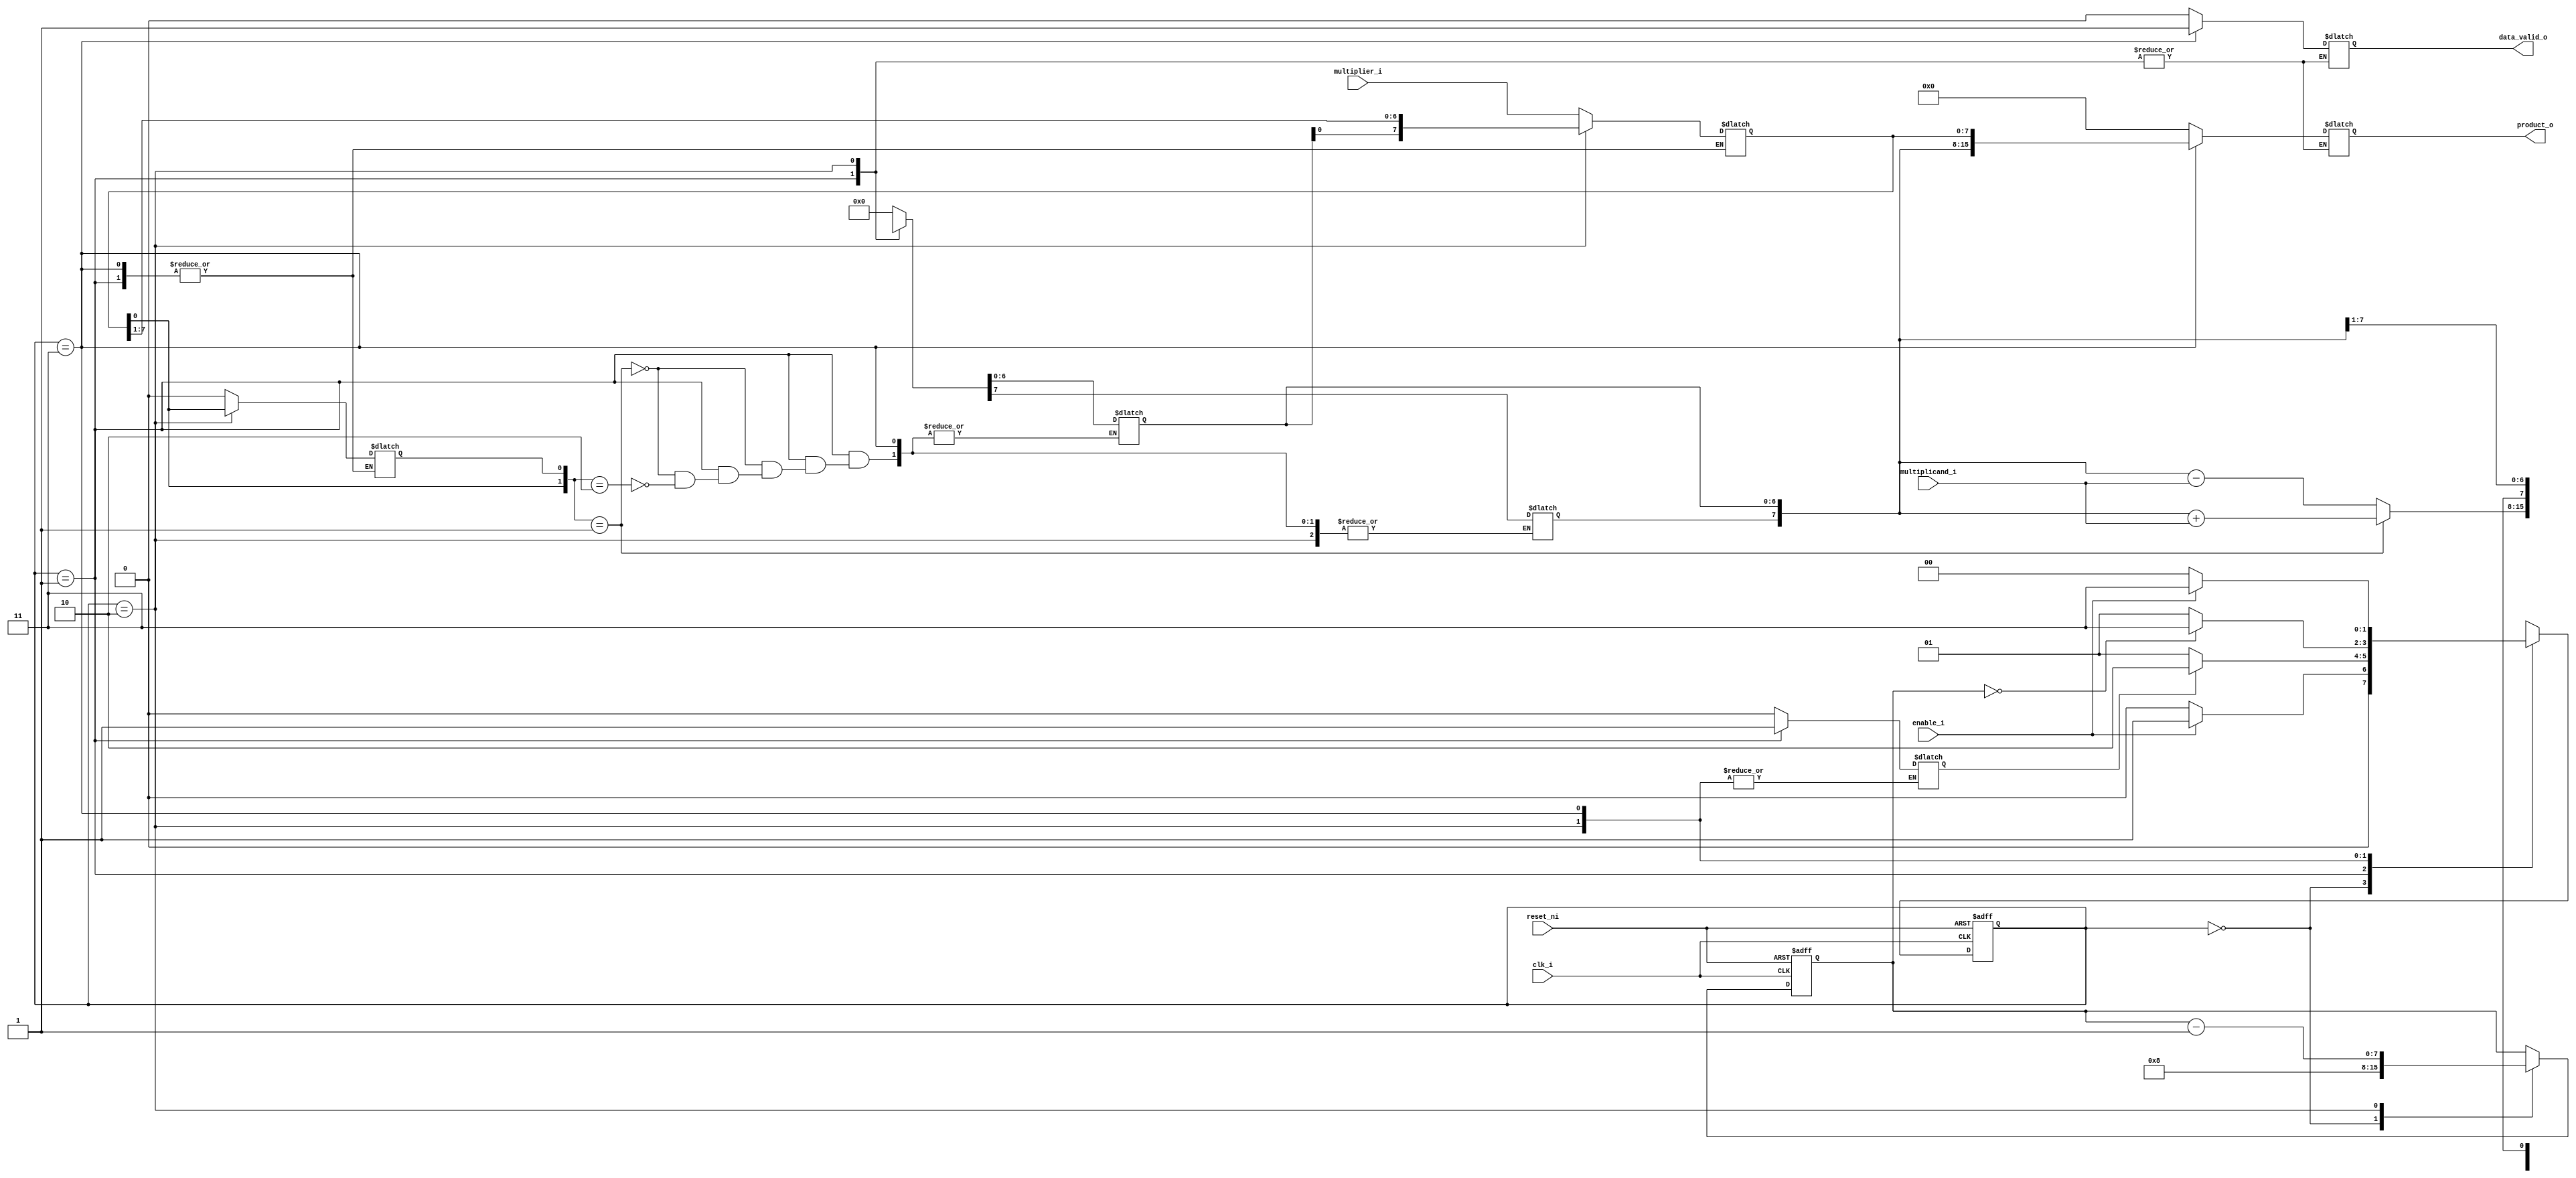
module booth_multiply_fsmd  #(parameter DATA_SIZE = 8 )
(
    input                           clk_i                   ,
    input                           reset_ni                ,
    input                           enable_i                ,
    input   [7 : 0]                 multiplicand_i          ,
    input   [7 : 0]                 multiplier_i            ,
    output                          data_valid_o            ,
    output  [15 : 0]                product_o
);
    // Declare state
    localparam   START                   =   2'b00           ;
    localparam   HANDLE_ACC              =   2'b01           ;
    localparam   ARITHMETIC_RIGHT_SHIFT  =   2'b10           ;
    localparam   FINISH                  =   2'b11           ;

    reg [1:0]   current_state               ;
    reg [1:0]   next_state                  ;

    // Decalare variale
    reg     [7:0]       acc                             ;
    reg     [7:0]       q                               ;
    reg                 q_1                             ;   //  LSB of multiplier before right shift
    reg     [7:0]       old_acc                         ;
    reg     [7:0]       old_q                           ;
    reg     [7:0]       count                           ;  
    reg                 handle_acc_done                 ;

    // Decalare ouput net and connect them
    reg                 data_valid                      ;
    reg     [15:0]      product                         ;

    assign              data_valid_o    =   data_valid  ;
    assign              product_o       =   product     ;

    // Current_state
    always @(posedge clk_i, negedge reset_ni) begin

        if(!reset_ni) 
            current_state   <=  START       ;
        else 
            current_state   <=  next_state  ;    

    end

    // Next_state
    always @(*) begin
        case (current_state)
            START   :
                if(enable_i)
                    next_state  =   HANDLE_ACC  ;
                else
                    next_state  =   START   ; 

            HANDLE_ACC  :
                if (handle_acc_done)
                    next_state  =   ARITHMETIC_RIGHT_SHIFT  ;
                else
                    next_state  =   HANDLE_ACC  ;

            ARITHMETIC_RIGHT_SHIFT  :
                if (count == 0)
                    next_state  =   FINISH  ;
                else
                    next_state  =   HANDLE_ACC  ;

            FINISH  :
                if (~enable_i)
                    next_state  =   START       ;
                else
                    next_state  =   FINISH  ;

            default: 
                next_state  =   START       ;
        endcase
    end

    //Output
    always @(*) begin
        case (current_state)
            START   :   begin
                acc     =   0                   ;
                q       =   multiplier_i        ;
                q_1     =   0                   ;
                //count   =   8                   ;
                product     =   0               ;
                data_valid  =   0               ;
                handle_acc_done =   0           ;
            end

            HANDLE_ACC  :   begin
                if ( {q[0], q_1} == 2'b01 ) begin
                    acc     =   acc + multiplicand_i    ;
                    handle_acc_done =   1           ;
                end

                else if ( {q[0], q_1} == 2'b10 ) begin
                    acc     =   acc - multiplicand_i    ;
                    handle_acc_done =   1               ;
                end

                else begin
                    acc = acc;
                    handle_acc_done =   1   ;
                end

            end

            ARITHMETIC_RIGHT_SHIFT  : begin
                {acc, q, q_1}   =   {acc[7], acc, q}    ;
                //count   =   count - 1   ;
            end

            FINISH  : begin
                product =   {acc,q} ;
                data_valid  =   1   ;
            end

        endcase
    end
    
    //Output
    always @(posedge clk_i, negedge reset_ni) begin

        if(!reset_ni) 
            count   <=  0       ;
        else begin
     
        case (current_state)
            START   :   begin
  
                count   <=   8                   ;

            end

  

            ARITHMETIC_RIGHT_SHIFT  : begin

                count   <=   count - 1   ;
            end


        endcase
    end
end

endmodule